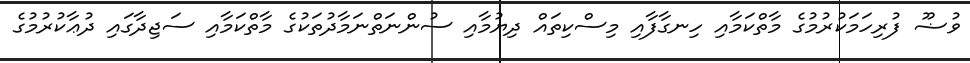
ވުޟޫ ފުރިހަމަކުރުމުގެ މާތްކަމާއި ހިނގާފާއި މިސްކިތައް ދިޔުމާއި ސުންނަތްނަމާދުތަކުގެ މާތްކަމާއި ސަޖިދާގައި ދުޢާކުރުމުގެ